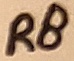
Text: R8